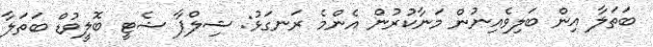
ބަތަލާ އިން ބަލިވެއިނުން މަނާކުރުން އެންމެ ރަނގަޅު: ޝިލްޕާ ޝެޓީ ބޮލީވުޑް ބަތަލާ